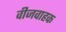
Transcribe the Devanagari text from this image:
वीजवाहक